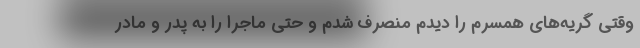
وقتی گریه‌های همسرم را دیدم منصرف شدم و حتی ماجرا را به پدر و مادر